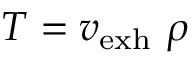
T = v _ { \mathrm { e x h } } \ \rho